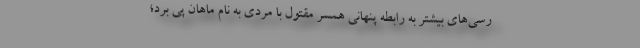
رسی‌های بیشتر به رابطه پنهانی همسر مقتول با مردی به نام ماهان پی برد؛